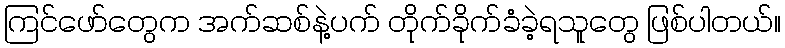
ကြင်ဖော်တွေက အက်ဆစ်နဲ့ပက် တိုက်ခိုက်ခံခဲ့ရသူတွေ ဖြစ်ပါတယ်။